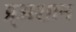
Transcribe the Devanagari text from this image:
प्र्‍अशान